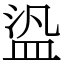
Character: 盕